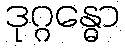
ဒုဂ္ဂန္ဓော